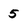
Character: 5